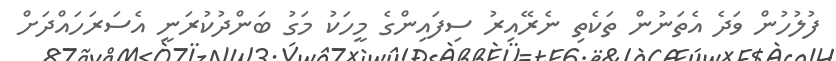
ފުލުހުން ވަދެ އެތަނުން ތަކެތި ނެރޭއިރު ސިފައިންގެ މީހަކު މަގު ބަންދުކުރަނީ އެސަރަހައްދަށް